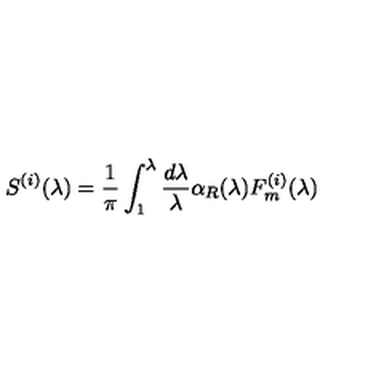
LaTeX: S ^ { ( i ) } ( \lambda ) = \frac 1 \pi \int _ { 1 } ^ { \lambda } \frac { d \lambda } \lambda \alpha _ { R } ( \lambda ) F _ { m } ^ { ( i ) } ( \lambda )